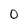
Character: O